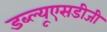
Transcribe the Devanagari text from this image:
डब्ल्यूएसडीजी